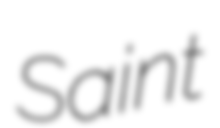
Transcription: Saint